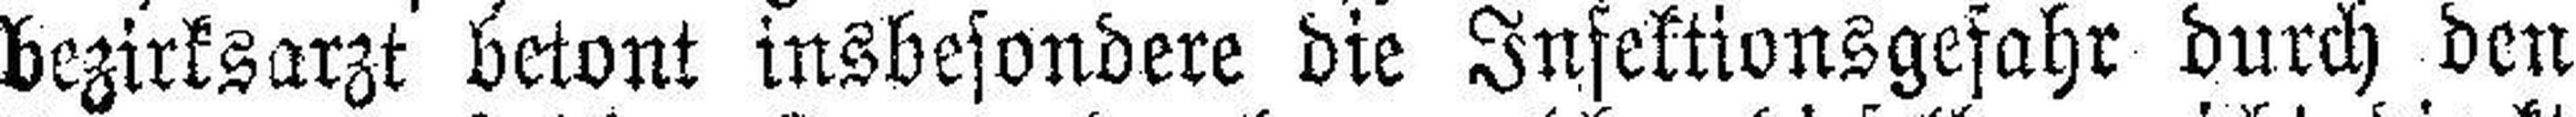
bezirksarzt betont insbesondere die Infektionsgefahr durch den